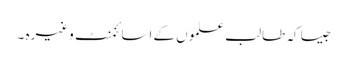
جیسا کہ طالب علموں کے اسائنمنٹ وغیرہ ۔